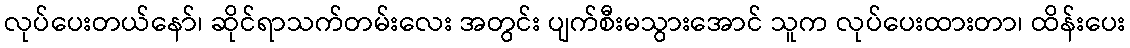
လုပ်ပေးတယ်နော်၊ ဆိုင်ရာသက်တမ်းလေး အတွင်း ပျက်စီးမသွားအောင် သူက လုပ်ပေးထားတာ၊ ထိန်းပေး